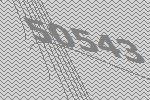
50543